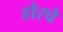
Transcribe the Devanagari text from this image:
होरचे